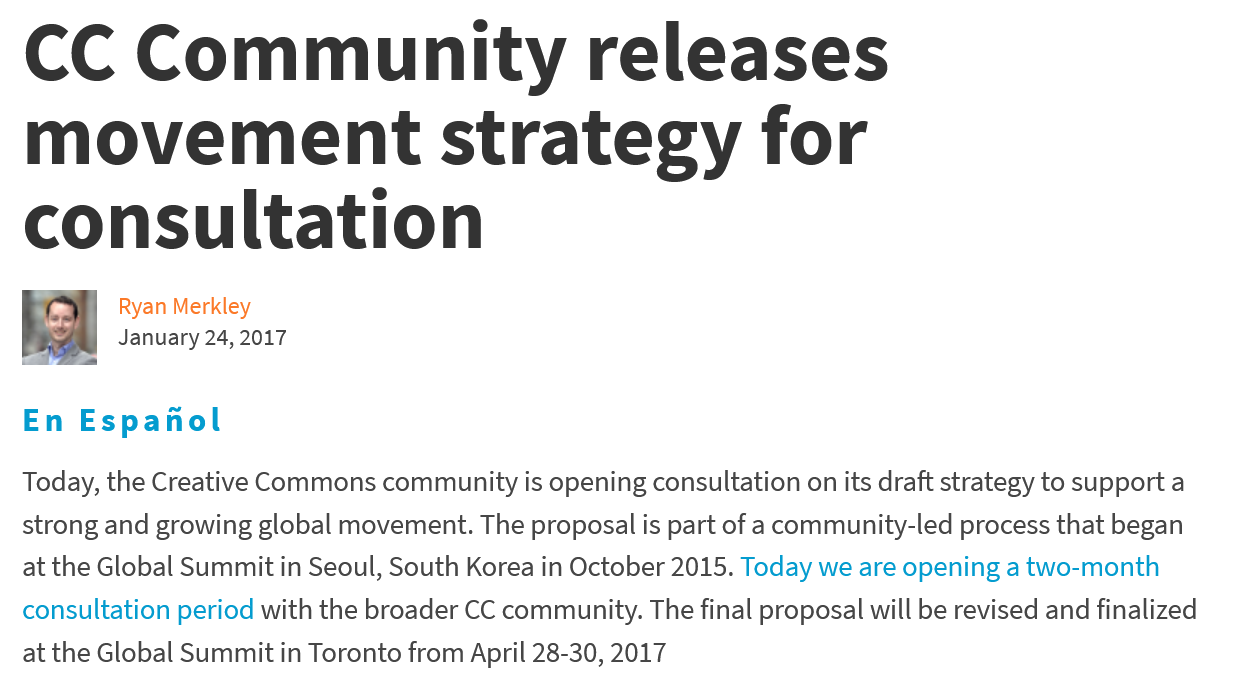
En  Espanol
  Today, the Creative Commons community is opening consultation on its draft strategy to support a
  strong and growing global movement. The proposal is part of acommunity-led process that began
  at the Global Summit in Seoul, South Korea in October 2015. Today we are opening a two-month
  consultation period with the broader CC community. The final proposal will be revised and finalized
  at the Global Summit in Toronto from April 28-30, 2017
  CC    Community    releases
  movement    strategy    for
  consultation
     Ryan Merkley
     January 24, 2017
  €o